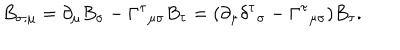
B _ { \sigma ; \mu } = \partial _ { \mu } B _ { \sigma } - \Gamma ^ { \tau } { } _ { \mu \sigma } B _ { \tau } = ( \partial _ { \mu } \delta ^ { \tau } { } _ { \sigma } - \Gamma ^ { \tau } { } _ { \mu \sigma } ) B _ { \tau } .